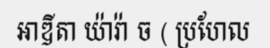
អាឌីតា យ៉ារ៉ា ច ( ប្រហែល